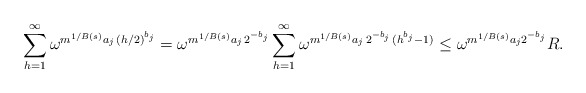
\begin{align*}\sum_{h=1}^{\infty} \omega^{m^{1/B(s)} a_j\,(h/2)^{b_j}}&=\omega^{m^{1/B(s)} a_j\,2^{-b_j}}\sum_{h=1}^{\infty} \omega^{m^{1/B(s)} a_j\,2^{-b_j}\,(h^{b_j}-1)}\le \omega^{m^{1/B(s)} a_j 2^{-b_j}}R.\end{align*}